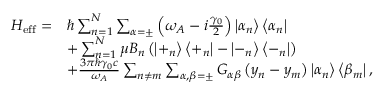
\begin{array} { r l } { H _ { \mathrm { e f f } } = } & { \hbar \sum _ { n = 1 } ^ { N } \sum _ { \alpha = \pm } \left( \omega _ { A } - i \frac { \gamma _ { 0 } } { 2 } \right) \left| \alpha _ { n } \right\rangle \left\langle \alpha _ { n } \right| } \\ & { + \sum _ { n = 1 } ^ { N } \mu B _ { n } \left( \left| + _ { n } \right\rangle \left\langle + _ { n } \right| - \left| - _ { n } \right\rangle \left\langle - _ { n } \right| \right) } \\ & { + \frac { 3 \pi \hbar \gamma _ { 0 } c } { \omega _ { A } } \sum _ { n \neq m } \sum _ { \alpha , \beta = \pm } G _ { \alpha \beta } \left( y _ { n } - y _ { m } \right) \left| \alpha _ { n } \right\rangle \left\langle \beta _ { m } \right| , } \end{array}